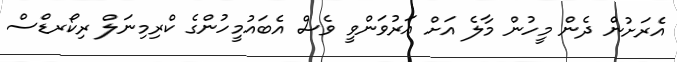
އެރަށުން ދެން މީހުން މާލެ އަށް އަރުވަންވީ ވެސް އެބައުމީހުންގެ ކްރިމިނަލް ރިކޯރޑްސް